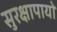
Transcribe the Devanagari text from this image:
सुरक्षापायों